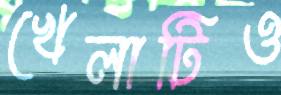
খেলাটিও